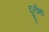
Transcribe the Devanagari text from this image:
दुर्लभाः